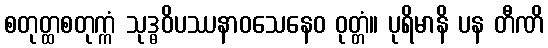
စတုတ္ထစတုက္ကံ သုဒ္ဓဝိပဿနာဝသေနေဝ ဝုတ္တံ။ ပုရိမာနိ ပန တီဏိ